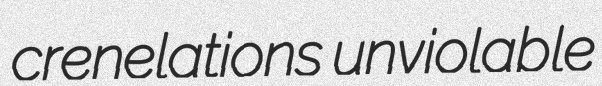
crenelations unviolable